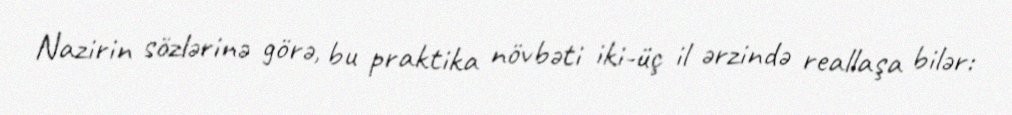
Nazirin sözlərinə görə, bu praktika növbəti iki-üç il ərzində reallaşa bilər: